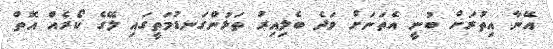
އޭނާ އިތުރަށް ބުނީ އެތަނަށް ވަދެ ބެލިއިރު ތަޅުންގަނޑުމަތީގައި ލޭގެ ކޯރެއް އޮތް